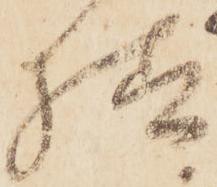
様